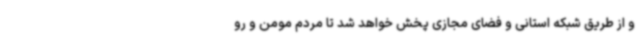
و از طریق شبکه استانی و فضای مجازی پخش خواهد شد تا مردم مومن و رو